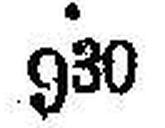
930